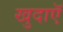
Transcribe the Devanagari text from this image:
खुदाएॅ